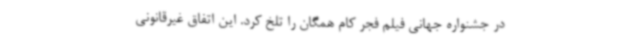
در جشنواره جهانی فیلم فجر کام همگان را تلخ کرد. این اتفاق غیرقانونی